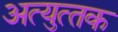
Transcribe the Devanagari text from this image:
अत्‍युत्‍तक